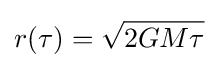
r(\tau )={\sqrt {2GM\tau }}